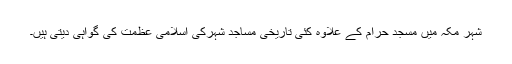
شہر مکہ میں مسجد حرام کے علاوہ کئی تاریخی مساجد شہرکی اسلامی عظمت کی گواہی دیتی ہیں۔